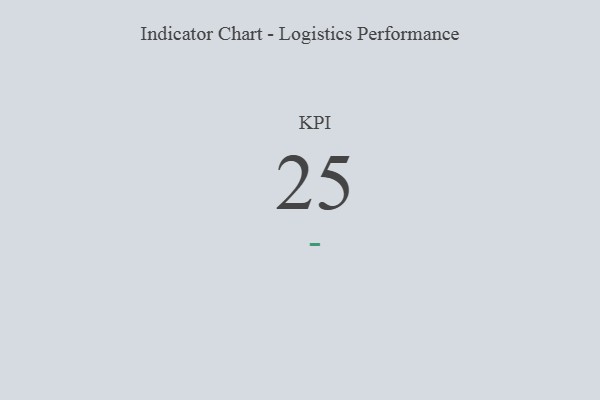
{"axis": {"x": "KPI", "y": "Value"}, "legend": [""], "data": [{"x": "KPI", "y": 25, "type": ""}]}